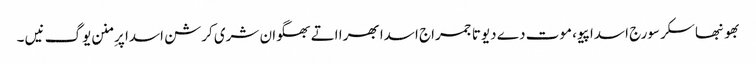
بھونبھاسکر سورج اسدا پیو، موت دے دیوتا جمراج اسدا بھرا اتے بھگوان شری کرشن اسدا پرِ منن یوگ نیں ۔